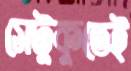
সেটুকুতেই